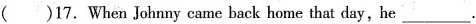
()17. When Johnny came back home that day,he ___.